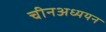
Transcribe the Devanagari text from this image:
चीनअध्ययन